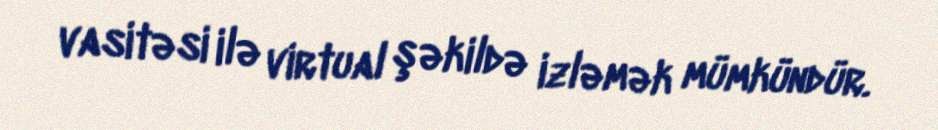
vasitəsi ilə virtual şəkildə izləmək mümkündür.